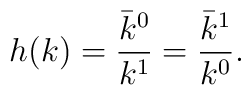
h(k) = \frac{\bar{k}^0}{k^1} = \frac{\bar{k}^1}{k^0}.